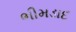
ભીમડાદ